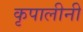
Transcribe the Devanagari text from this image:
कृपालीनी